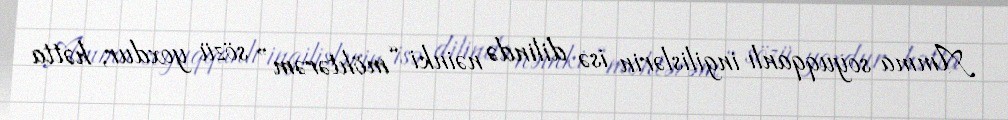
Amma soyuqqanlı ingilislərin isə dilində nəinki “möhtərəm” sözü yoxdur, hətta